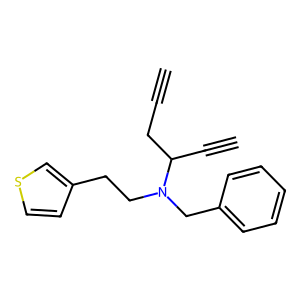
SMILES: C#CCC(C#C)N(CCc1ccsc1)Cc1ccccc1
Inhibits HIV replication: No